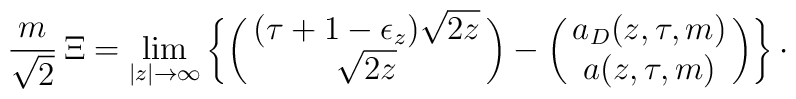
{m\over\sqrt{2}}\, \Xi = \lim _{|z|\rightarrow\infty}\left\lbrace\pmatrix{(\tau +1-\epsilon _{z})\sqrt{2z}\cr\sqrt{2z}\cr}-\pmatrix{a_{D}(z,\tau ,m)\cr a(z,\tau ,m)\cr}\right\rbrace\cdotp